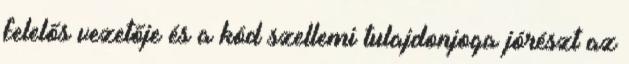
felelős vezetője és a kód szellemi tulajdonjoga jórészt az